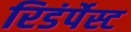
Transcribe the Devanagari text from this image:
रिडंर्पेस्ट